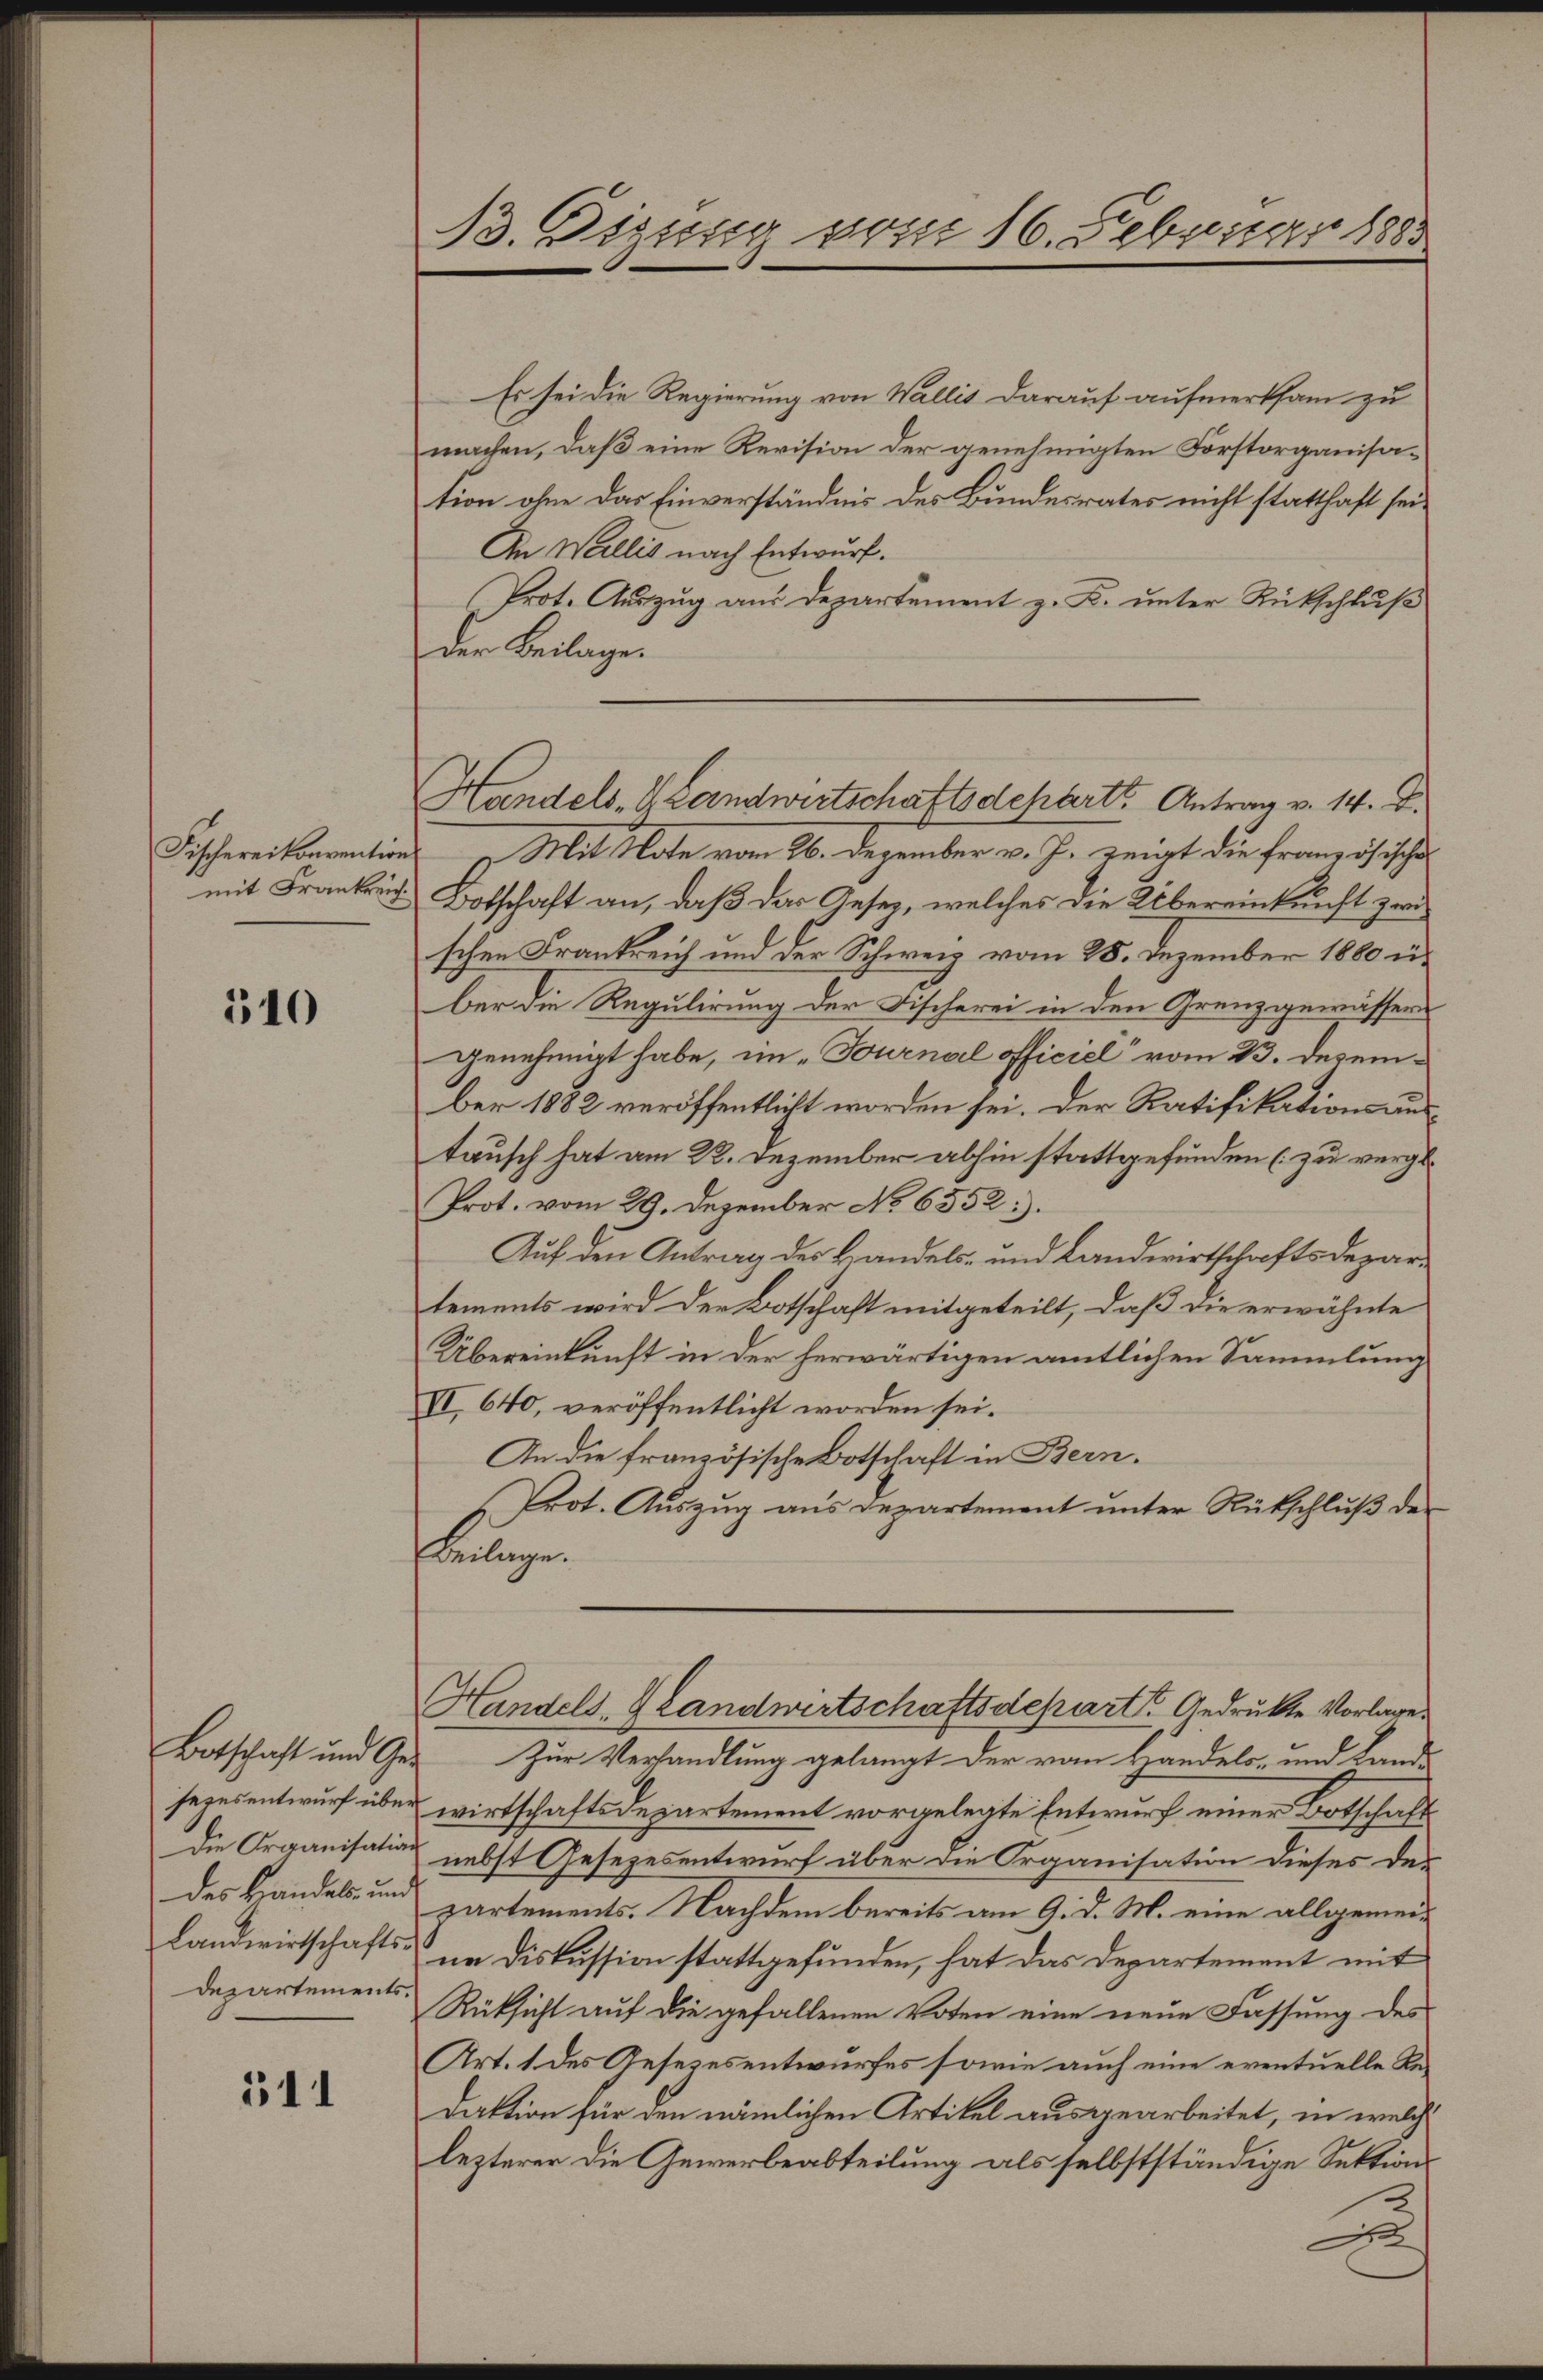
Fischereikonvention
mit Frankreich.

510

sezesentwurf übe
Die Organisatio
des Brandels- un
Landwirtschafts
Departements

511

B. Gizung vom 16. Februar 1883

Es sei die Regierung von Wallis darauf aufmerksam zu
machen, daß eine Revision der genehmigten Forstorganisation ohne das Einverständnis des Bundesrates nicht statthaft sei¬
An Wallis nach Entwurf.
Prot. Auszug aus Departement z. K. unter Rückschluß
Der Beilage.
Mit Note vom 26. Dezember v. J. zeigt die französische
Botschaft an, daß das Gesetz, welches die Übereinkunft zwischen Frankreich und der Schweiz vom 28. Dezember 1860 in
ber die Regulirung der Fischerei in den Grenzgewässer
genehmigt habe, im „Fournal officiel“ vom 23. Dezember 1882 veröffentlicht worden sei. Der Ratifikationsaustausch hat am 22. Dezember abhin stattgefunden (zu vergl.
Prot. vom 29. Dezember No. 6552.
Auf den Antrag des Handels- und Landwirtschaftsdepartements wird der Botschaft mitgeteilt, daß die erwähnte
Übereinkunft in der herwärtigen amtlichen Sammlung
II, 640, veröffentlicht worden sei.
An die französische Botschaft in Bern.
Prot. Auszug aus Departement unter Rückschluß der
einge.
Handels, Handwirtschaftsdepart Gedrückte Vorlage
Botschaft und Ges. Zur Verhandlung gelangt der von Handels- und Land-
wirtschaftsdepartement vorgelegte Entwurf einer Botschaft
& nebst Gesezesentwurf über die Organisation dieses de-
partements. Nachdem bereits am 9. d. M. eine allgemeine Diskussion stattgefunden, hat das Departement mit
Rüksicht auf die gefallenen Voten eine neue Fassung des
Art. 1 des Gesezesentwurfes sowie auch eine eventuelle Redaktion für den nämlichen Artikel ausgearbeitet, in welche
lezterer die Gewerbeabteilung als selbstständige Sektions¬

Handels- & Landwirtschaftsdeparts Antrag v. 14. D.